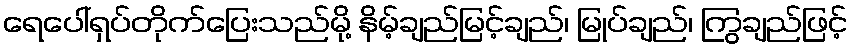
ရေပေါ်ရှပ်တိုက်ပြေးသည်မို့ နိမ့်ချည်မြင့်ချည်၊ မြုပ်ချည်၊ ကြွချည်ဖြင့်